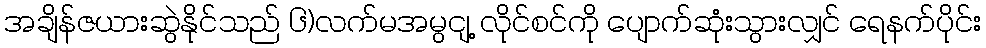
အချိန်ဇယားဆွဲနိုင်သည် ၆)လက်မအမွငျ့ လိုင်စင်ကို ပျောက်ဆုံးသွားလျှင် ရေနက်ပိုင်း